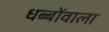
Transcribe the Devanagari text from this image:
धब्बोंवाला